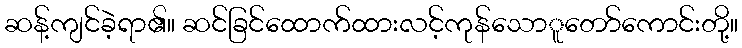
ဆန့်ကျင်ခဲ့ရာ၏။ ဆင်ခြင်ထောက်ထားလင့်ကုန်သောူတော်ကောင်းတို့။